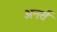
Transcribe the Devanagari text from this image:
अनर्स